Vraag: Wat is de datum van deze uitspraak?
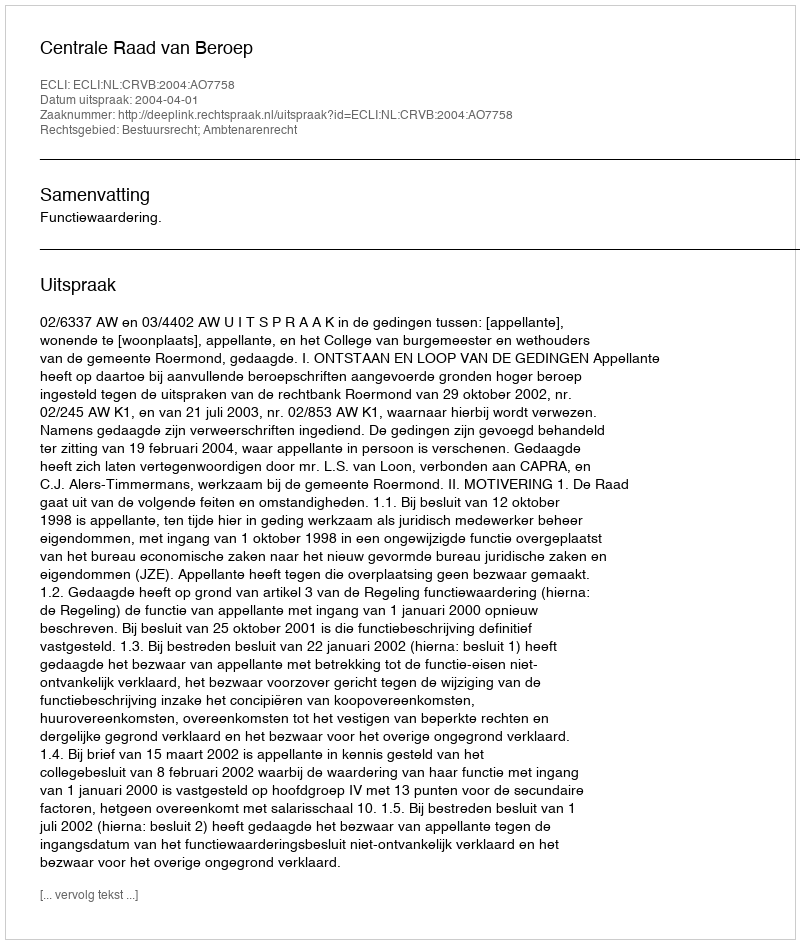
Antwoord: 2004-04-01